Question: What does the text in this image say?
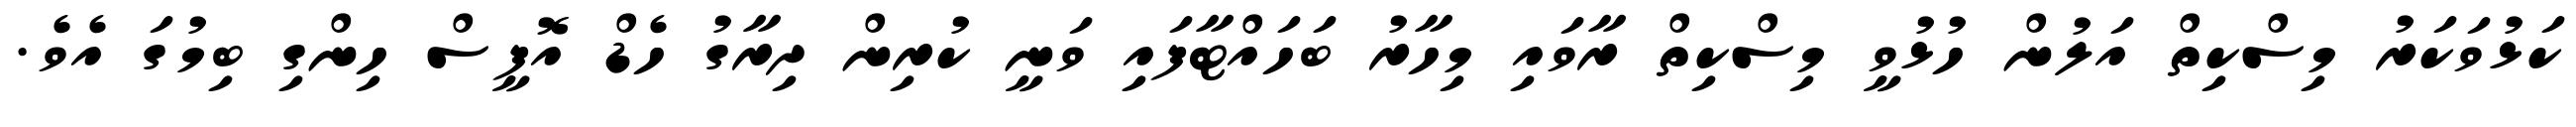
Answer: ކަޅުވަކަރު މިސްކިތް އަލުން ހުޅުވީ މިސްކިތް ރާވައި މިހާރު ބަހައްޓާފައި ވަނީ ކުރިން ދިރާގު ހެޑް އޮފީސް ހިންގި ބިމުގަ އެވެ.